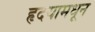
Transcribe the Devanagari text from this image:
हृदयामधून